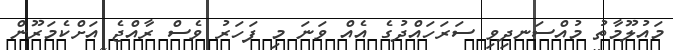
މައުލޫމާތު މުއްސަނދިވި ސަރަހައްދުގެ އެއް ވަނަ މި ފަހަރު ވެސް ރާއްޖެ އަށްކެމަރޫން